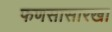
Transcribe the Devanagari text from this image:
फणसासारखा